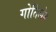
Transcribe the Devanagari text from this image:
गोतिलेब